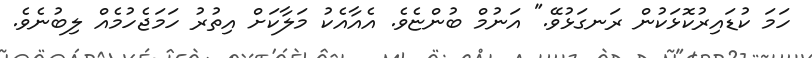
ހަމަ ކުޑައިރުކޮޅަކުން ރަނގަޅުވޭ." އަނުމް ބުންޏެވެ. އެއާއެކު މަލާކަށް އިތުރު ހަމަޖެހުމެއް ލިބުނެވެ.